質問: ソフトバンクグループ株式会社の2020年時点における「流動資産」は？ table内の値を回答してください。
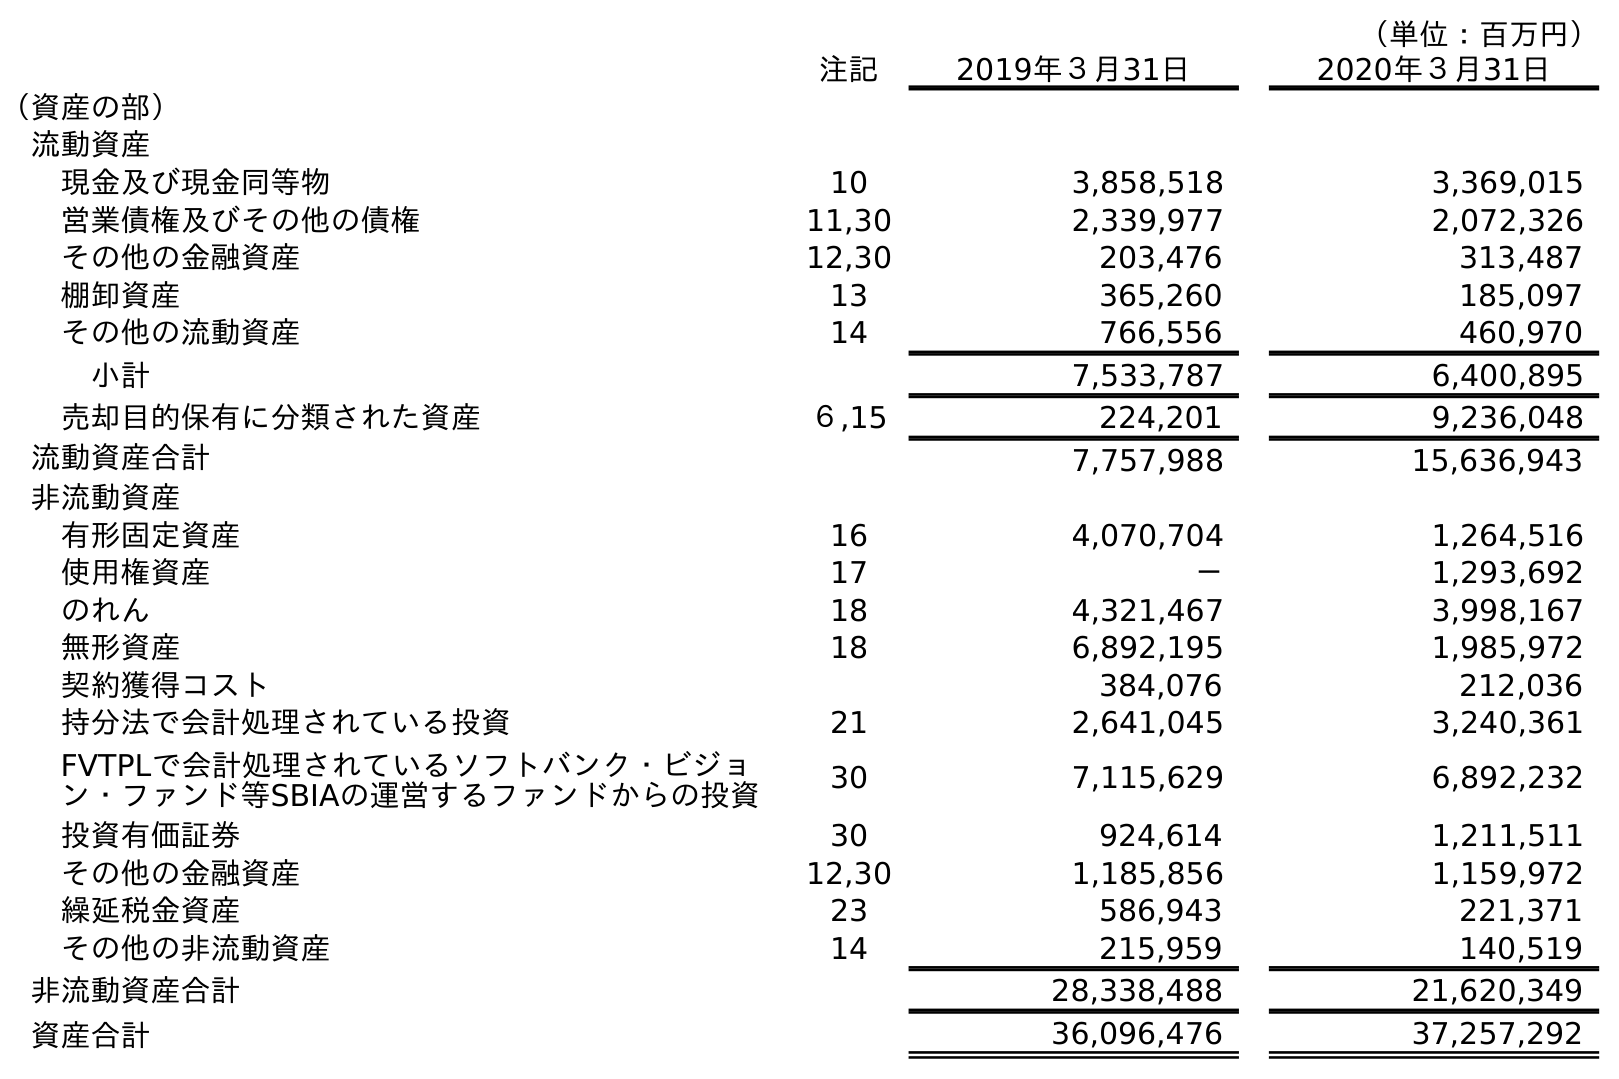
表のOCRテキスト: （単位：百万円） 注記 2019年３月31日 2020年３月31日 （資産の部） 流動資産 現金及び現金同等物 10 3,858,518 3,369,015 営業債権及びその他の債権 11,30 2,339,977 2,072,326 その他の金融資産 12,30 203,476 313,487 棚卸資産 13 365,260 185,097 その他の流動資産 14 766,556 460,970 小計 7,533,787 6,400,895 売却目的保有に分類された資産 ６,15 224,201 9,236,048 流動資産合計 7,757,988 15,636,943 非流動資産 有形固定資産 16 4,070,704 1,264,516 使用権資産 17 － 1,293,692 のれん 18 4,321,467 3,998,167 無形資産 18 6,892,195 1,985,972 契約獲得コスト 384,076 212,036 持分法で会計処理されている投資 21 2,641,045 3,240,361 FVTPLで会計処理されているソフトバンク・ビジョ ン・ファンド等SBIAの運営するファンドからの投資 30 7,115,629 6,892,232 投資有価証券 30 924,614 1,211,511 その他の金融資産 12,30 1,185,856 1,159,972 繰延税金資産 23 586,943 221,371 その他の非流動資産 14 215,959 140,519 非流動資産合計 28,338,488 21,620,349 資産合計 36,096,476 37,257,292
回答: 15,636,943